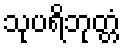
သုပရိဘုတ္တံ